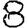
Digit: 8